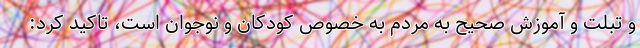
و تبلت و آموزش صحیح به مردم به خصوص کودکان و نوجوان است، تاکید کرد: